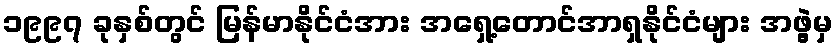
၁၉၉၇ ခုနှစ်တွင် မြန်မာနိုင်ငံအား အရှေ့တောင်အာရှနိုင်ငံများ အဖွဲ့မှ